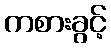
ကစားခွင့်